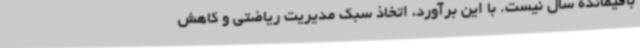
باقیمانده سال نیست. با این برآورد، اتخاذ سبک مدیریت ریاضتی و کاهش